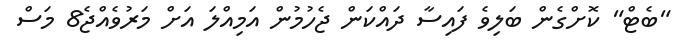
"ބެޓް" ކޮށްގެން ބަލިވެ ފައިސާ ދައްކަން ޖެހުމުން އަމިއްލަ އަަށް މަރުވެއްޖެ8 މަސް